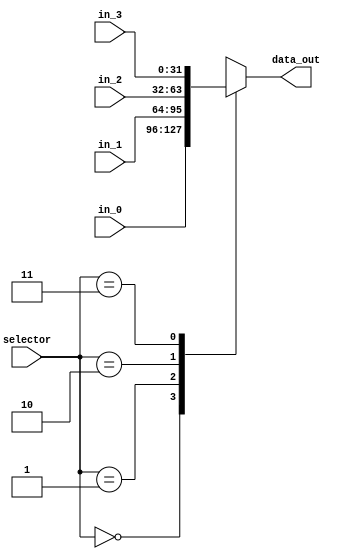
module Mux_4x1(
    input  [1:0]  selector,
    input  [31:0] in_0, in_1, in_2, in_3,
    output reg [31:0] data_out
);

    always @(*) begin
        case (selector)
            2'b00: begin data_out = in_0; end
            2'b01: begin data_out = in_1; end
            2'b10: begin data_out = in_2; end
            2'b11: begin data_out = in_3; end
        endcase
    end

endmodule